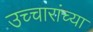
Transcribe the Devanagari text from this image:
उच्चारांच्या